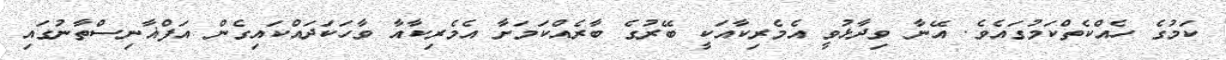
ކަމުގެ ހެއްކެތްކަމުގައެވެ. އޭނާ ވިދާޅުވީ އެމެރިކާއަކީ ބޭރުގެ ބާރެއްކަމަށާ އެމެރިކާއާ ވާހަކަދައްކައިގެން އަފްޣާނިސްތާނުގައި